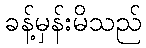
ခန့်မှန်းမိသည်